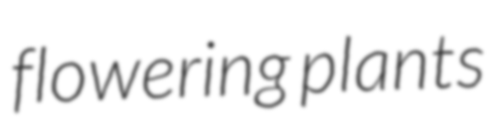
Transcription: flowering plants